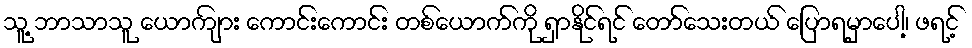
သူ့ ဘာသာသူ ယောကျ်ား ကောင်းကောင်း တစ်ယောက်ကို ရှာနိုင်ရင် တော်သေးတယ် ပြောရမှာပေါ့၊ ဖရင့်